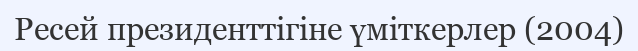
Ресей президенттігіне үміткерлер (2004)